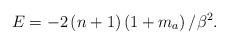
\begin{align*}E=-2\left( n+1\right) \left( 1+m_a\right) /\beta ^2.\end{align*}